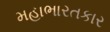
મહાભારતકાર